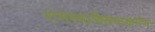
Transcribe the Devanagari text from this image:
रामस्याक्लिष्टकर्मणः